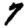
Digit: 7